Lock hospitals Punjab
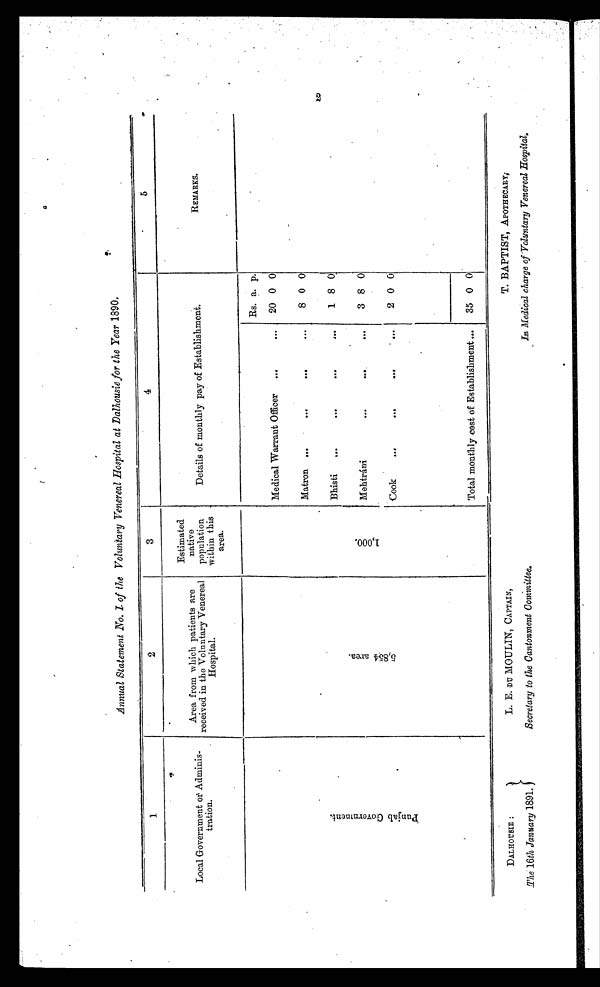
Annual Statement No. I of the Voluntary Venereal Hospital at Dalhousie for the Year 1890.
1
2
3
4
5
Local
Government or Adminis- t r a t i o n .
Area from which patients are
received in the Voluntary Venereal
Hospital.
Estimated.
native
population
within this
area.
Details of monthly pay of Establishment.
REMARKS.
P u n j a b G o v e r n m e n t .
5 , 8 5 4 a r e a .
1 , 0 0 0
Rs. a. p.
Medical Warrant Officer
...
...
20 0 0
Matron ...
...
. . .
8 0 0
Bhisti
...
...
...
1 8 0
M e h t r á n i . . . . . . . . .
3 8 0
Cook
... ... ...
2 0 0
Total monthly cost of Establishment ...
35 0 0
DALHOUSIE :
The 16th January 1891.
L. E. DU MOULIN, CAPTAIN,
Secretary to the Cantonment Committee.,
T. BAPTIST, APOTHECARY;
In Medical charge of-Voluntary Venereal Hospital.